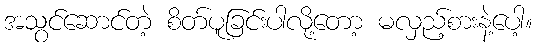
အသွင်ဆောင်တဲ့ စိတ်ပူခြင်းပါလို့တော့ မလှည့်စားနဲ့ပေါ့။